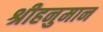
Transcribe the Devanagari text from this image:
श्रीहनुमान